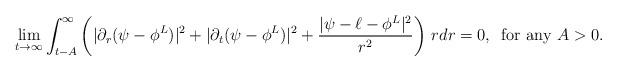
LaTeX: \begin{align*}\lim_{t\to\infty}\int_{t-A}^{\infty}\left(|\partial_r(\psi-\phi^L)|^2+|\partial_t(\psi-\phi^L)|^2+\frac{|\psi-\ell-\phi^L|^2}{r^2}\right)\,rdr=0,\,\,\,{\rm for\,\,any\,\,}A>0.\end{align*}